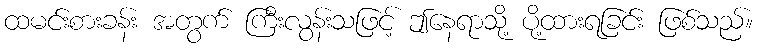
ထမင်းစားခန်း အတွက် ကြီးလွန်းသဖြင့် ဤနေရာသို့ ပို့ထားရခြင်း ဖြစ်သည်။